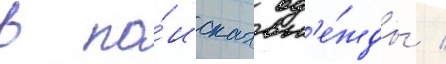
в по́исках од'е́жды /